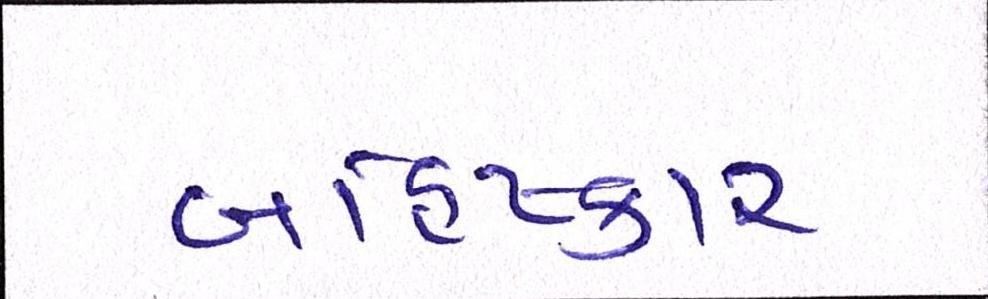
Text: બહિષ્કાર